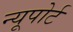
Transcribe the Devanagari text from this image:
न्‍यूपोर्ट